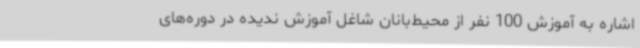
اشاره به آموزش 100 نفر از محیط‌بانان شاغل آموزش ندیده در دوره‌های